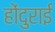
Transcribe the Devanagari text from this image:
होंदुराई